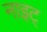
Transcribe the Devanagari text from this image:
नाइट्